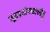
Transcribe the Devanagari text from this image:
मूत्रप्रयोगसाध्येषु